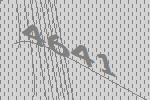
4641